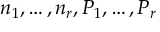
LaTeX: n _ { 1 } , \dots , n _ { r } , P _ { 1 } , \dots , P _ { r }